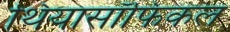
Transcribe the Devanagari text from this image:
थियासॉफिकल